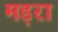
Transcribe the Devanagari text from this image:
मड़रा